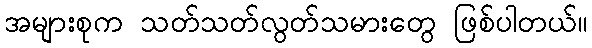
အများစုက သတ်သတ်လွတ်သမားတွေ ဖြစ်ပါတယ်။